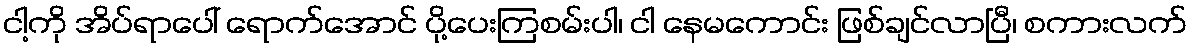
ငါ့ကို အိပ်ရာပေါ် ရောက်အောင် ပို့ပေးကြစမ်းပါ၊ ငါ နေမကောင်း ဖြစ်ချင်လာပြီ၊ စကားလက်